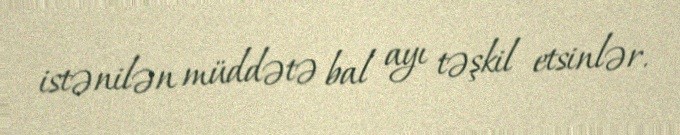
istənilən müddətə bal ayı təşkil etsinlər.